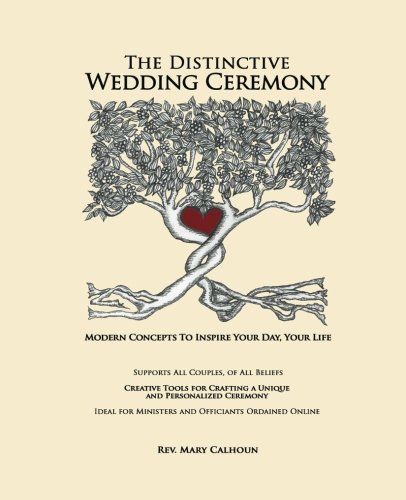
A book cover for The Distinctive Wedding Ceremony: Planning Guide for Creating a Personalized, Unique Ceremony Supporting ALL Couples, Same Sex and Opposite Sex or How ... Ideal for Ministers and Online Officiants; Rev. Mary Calhoun; Crafts, Hobbies & Home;